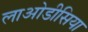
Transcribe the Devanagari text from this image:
लाओडीसिया